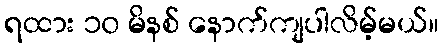
ရထား ၁၀ မိနစ် နောက်ကျပါလိမ့်မယ်။